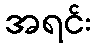
အရင်း